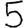
Digit: 5